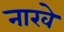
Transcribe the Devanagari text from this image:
नारवे